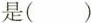
是()